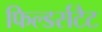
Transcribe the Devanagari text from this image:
फिल्डर्सटैट